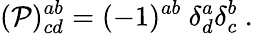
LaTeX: ({\cal P})_{cd}^{ab}=(-1)^{ab}\ \delta_{d}^{a}\delta_{c}^{b}\ .